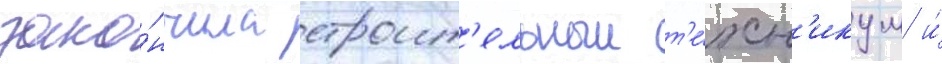
зако́нчила строит'ельныи т'е́хн'икум и́